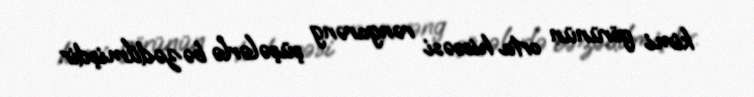
kimi görünün orta hissəsi rəngarəng şüşələrlə bəzədilmişdir.